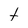
Character: t